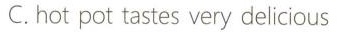
C.hot pot tastes very delicious